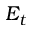
E _ { t }